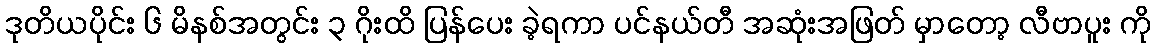
ဒုတိယပိုင်း ၆ မိနစ်အတွင်း ၃ ဂိုးထိ ပြန်ပေး ခဲ့ရကာ ပင်နယ်တီ အဆုံးအဖြတ် မှာတော့ လီဗာပူး ကို